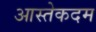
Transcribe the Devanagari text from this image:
आस्तेकदम